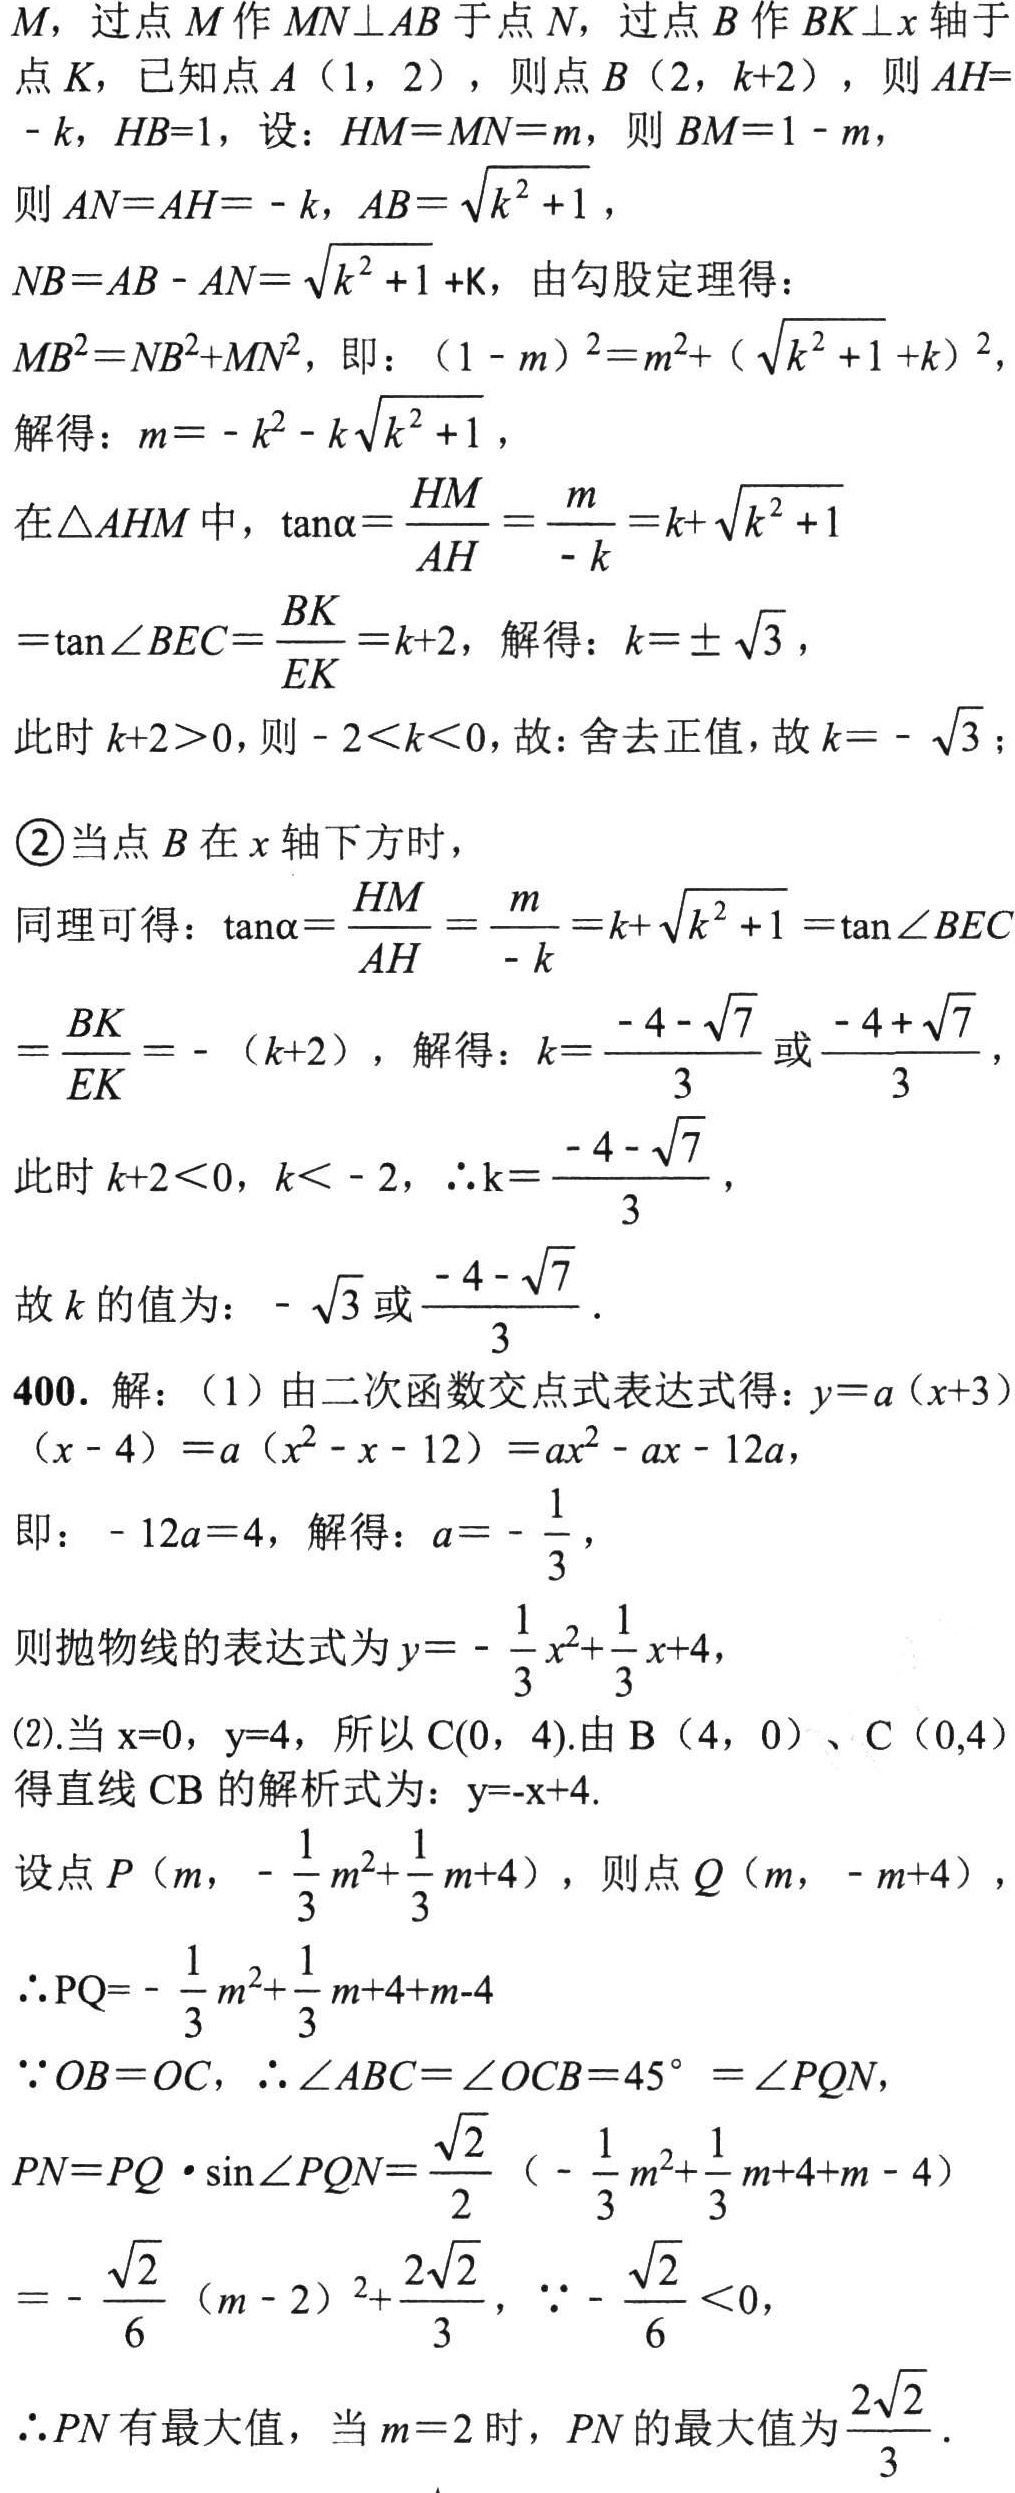
$M$，过点$M$作$MN\perp AB$于点$N$，过点$B$作$BK\perp x$轴于点$K$，已知点$A(1,2)$，则点$B(2,k + 2)$，则$AH=-k$，$HB = 1$，设：$HM=MN=m$，则$BM=1 - m$，

则$AN=AH=-k$，$AB=\sqrt{k^{2}+1}$，

$NB=AB - AN=\sqrt{k^{2}+1}+k$，由勾股定理得：

$MB^{2}=NB^{2}+MN^{2}$，即：$(1 - m)^{2}=m^{2}+(\sqrt{k^{2}+1}+k)^{2}$，

解得：$m=-k^{2}-k\sqrt{k^{2}+1}$，

在$\triangle AHM$中，$\tan\alpha=\frac{HM}{AH}=\frac{m}{-k}=k+\sqrt{k^{2}+1}$

$=\tan\angle BEC=\frac{BK}{EK}=k + 2$，解得：$k=\pm\sqrt{3}$，

此时$k + 2>0$，则$-2\lt k\lt0$，故：舍去正值，故$k=-\sqrt{3}$；

\textcircled{2}当点$B$在$x$轴下方时，

同理可得：$\tan\alpha=\frac{HM}{AH}=\frac{m}{-k}=k+\sqrt{k^{2}+1}=\tan\angle BEC$

$=\frac{BK}{EK}=-(k + 2)$，解得：$k=\frac{-4-\sqrt{7}}{3}$或$\frac{-4+\sqrt{7}}{3}$，

此时$k + 2\lt0$，$k\lt - 2$，$\therefore k=\frac{-4-\sqrt{7}}{3}$，

故$k$的值为：$-\sqrt{3}$或$\frac{-4-\sqrt{7}}{3}$．

400. 解：（1）由二次函数交点式表达式得：$y=a(x + 3)(x - 4)=a(x^{2}-x - 12)=ax^{2}-ax - 12a$，

即：$-12a = 4$，解得：$a=-\frac{1}{3}$，

则抛物线的表达式为$y=-\frac{1}{3}x^{2}+\frac{1}{3}x + 4$，

(2).当$x = 0$，$y = 4$，所以$C(0,4)$.由$B(4,0)$、$C(0,4)$得直线$CB$的解析式为：$y=-x + 4$.

设点$P(m,-\frac{1}{3}m^{2}+\frac{1}{3}m + 4)$，则点$Q(m,-m + 4)$，

$\therefore PQ=-\frac{1}{3}m^{2}+\frac{1}{3}m + 4+m - 4$

$\because OB=OC$，$\therefore\angle ABC=\angle OCB = 45^{\circ}=\angle PQN$，

$PN=PQ\cdot\sin\angle PQN=\frac{\sqrt{2}}{2}(-\frac{1}{3}m^{2}+\frac{1}{3}m + 4+m - 4)$

$=-\frac{\sqrt{2}}{6}(m - 2)^{2}+\frac{2\sqrt{2}}{3}$，$\because-\frac{\sqrt{2}}{6}\lt0$，

$\therefore PN$有最大值，当$m = 2$时，$PN$的最大值为$\frac{2\sqrt{2}}{3}$．